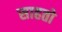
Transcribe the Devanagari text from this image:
साहतो